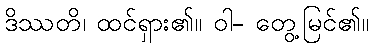
ဒိဿတိ၊ ထင်ရှား၏။ ဝါ- တွေ့မြင်၏။